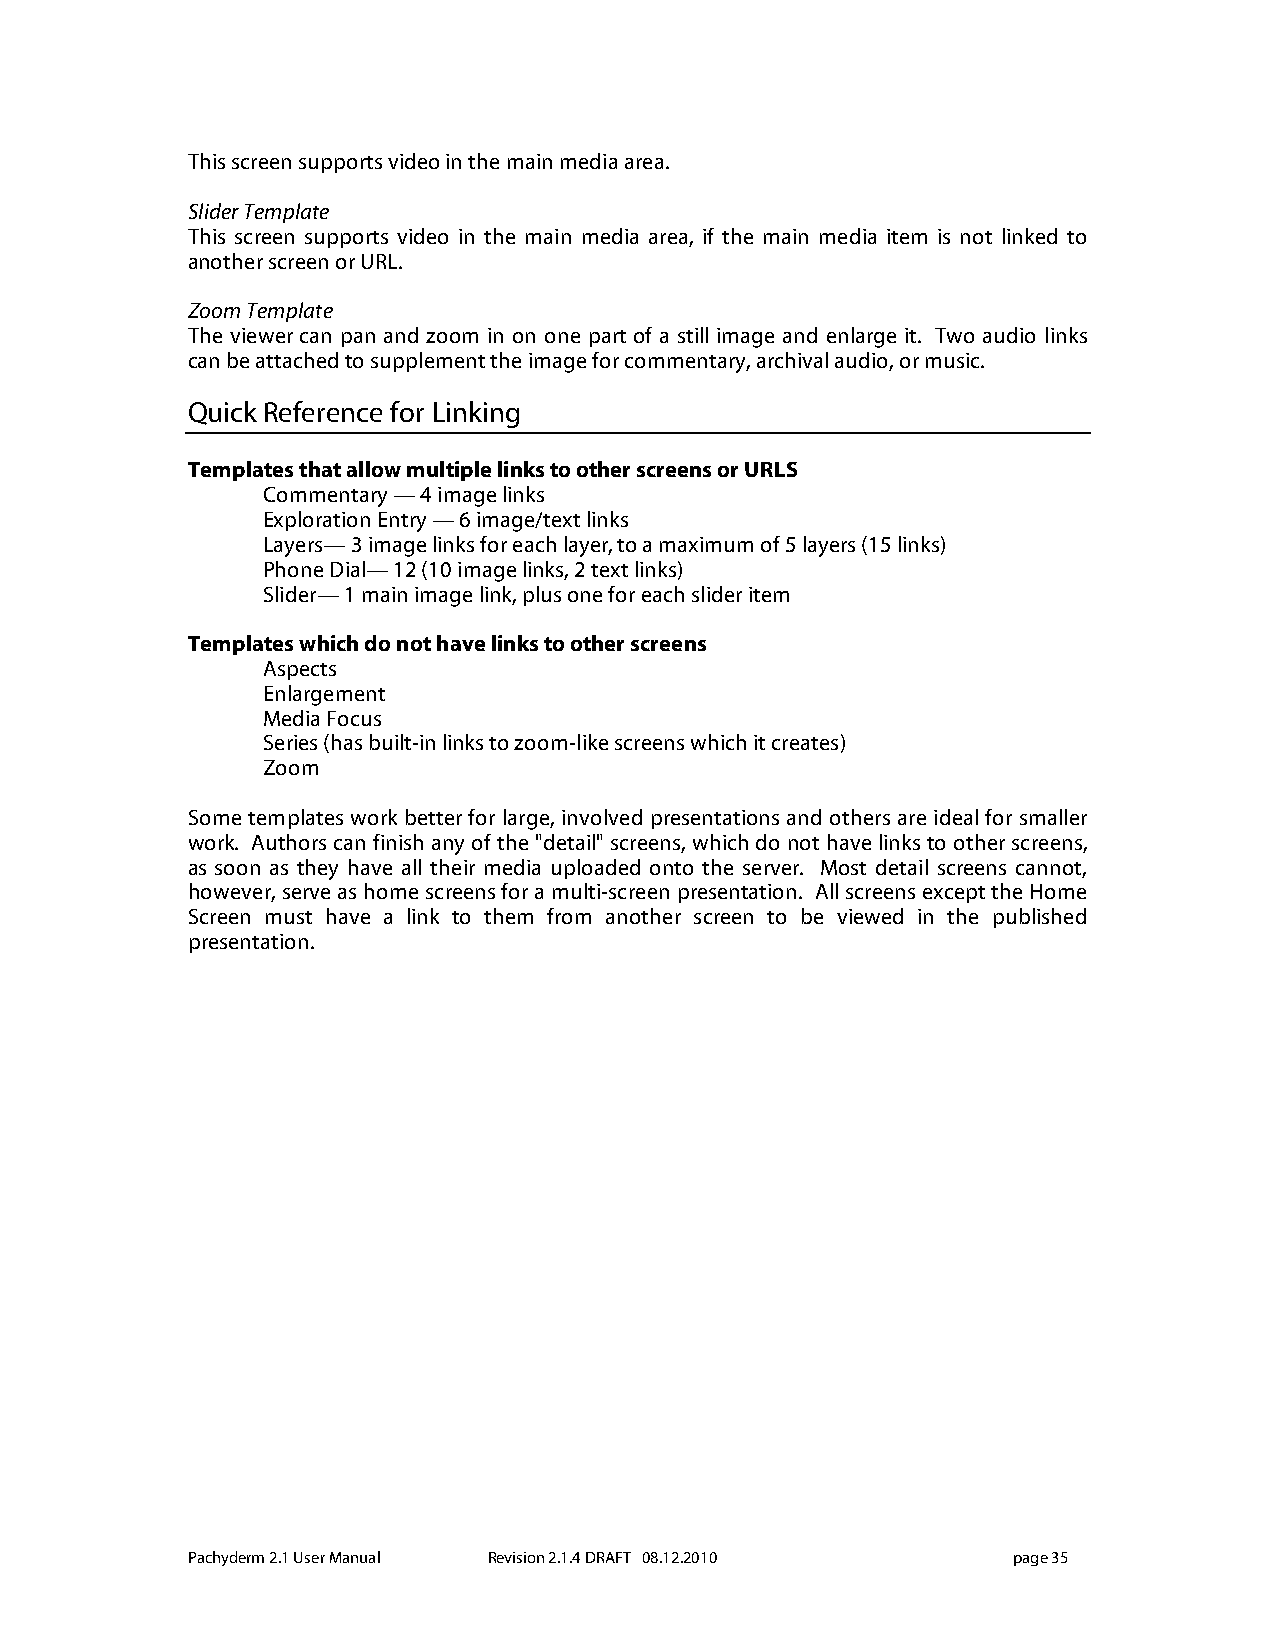
This screen supports video in the main media area.
 Slider Template
 This screen supports video in the main media area, if the main media item is not linked to
 another screen or URL.
 Zoom Template
 The viewer can pan and zoom in on one part of a still image and enlarge it. Two audio links
 can be attached to supplement the image for commentary, archival audio, or music.
 Quick Reference for Linking
 Templates that allow multiple links to other screens or URLS
 Commentary — 4 image links
 Exploration Entry — 6 image/text links
 Layers— 3 image links for each layer, to a maximum of 5 layers (15 links)
 Phone Dial— 12 (10 image links, 2 text links)
 Slider— 1 main image link, plus one for each slider item
 Templates which do not have links to other screens
 Aspects
 Enlargement
 Media Focus
 Series (has built-in links to zoom-like screens which it creates)
 Zoom
 Some templates work better for large, involved presentations and others are ideal for smaller
 work. Authors can finish any of the "detail" screens, which do not have links to other screens,
 as soon as they have all their media uploaded onto the server. Most detail screens cannot,
 however, serve as home screens for a multi-screen presentation. All screens except the Home
 Screen must have a link to them from another screen to be viewed in the published
 presentation.
 Pachyderm 2.1 User Manual Revision 2.1.4 DRAFT 08.12.2010 page 35